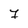
Character: 7